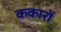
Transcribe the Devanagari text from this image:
ककारों